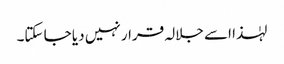
لہٰذا اسے جلالہ قرار نہیں دیا جا سکتا۔